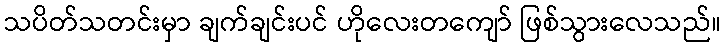
သပိတ်သတင်းမှာ ချက်ချင်းပင် ဟိုလေးတကျော် ဖြစ်သွားလေသည်။